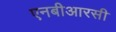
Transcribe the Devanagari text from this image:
एनबीआरसी